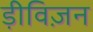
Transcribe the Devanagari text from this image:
ड़ीविज़न